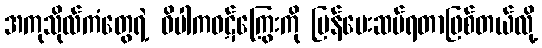
အကုသိုလ်ကံတွေရဲ့ ဝိပါကဝဋ်ကြွေးကို ပြန်ပေးဆပ်ရတာဖြစ်တယ်လို့